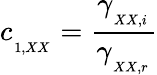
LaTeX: c_{_{_{1,XX}}}=\frac{\gamma_{_{_{XX,i}}}}{\gamma_{_{_{XX,r}}}}